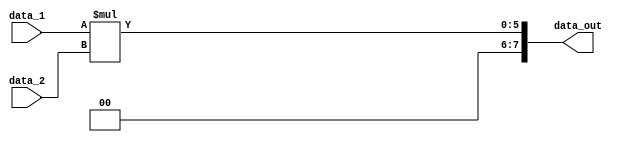
module multuplier_3_bit(data_1,data_2,data_out);
input [2:0] data_1;
input [2:0] data_2;
output [7:0] data_out;
assign data_out=data_1*data_2;
endmodule